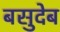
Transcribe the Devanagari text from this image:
बसुदेब